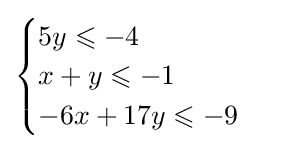
{\begin{cases}5y\leqslant -4\\x+y\leqslant -1\\-6x+17y\leqslant -9\\\end{cases}}